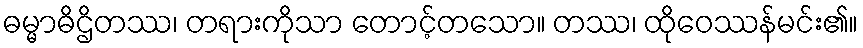
ဓမ္မာဓိဌိတဿ၊ တရားကိုသာ တောင့်တသော။ တဿ၊ ထိုဝေဿန်မင်း၏။